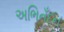
અભિનઁદન